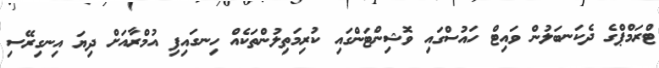
ޓްރަމްޕްގެ ދެކަނބަލުން ވައިޓް ހައުސްގައި ވޮޝިންޓަންގައި ކުރިމަތިލުންތަކެއް ހިނގައިފި އުމްރާއަށް ދިޔަ އިނގިރޭސި